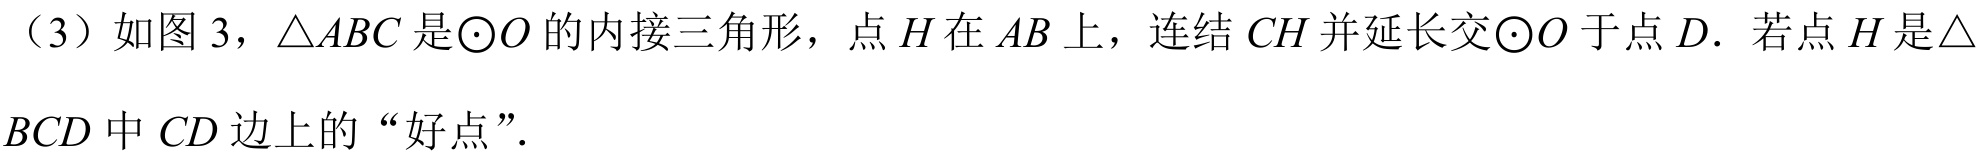
（3）如图3，\(\triangle ABC\)是\(\odot O\)的内接三角形，点\(H\)在\(AB\)上，连结\(CH\)并延长交\(\odot O\)于点\(D\)．若点\(H\)是\(\triangle BCD\)中\(CD\)边上的“好点”．